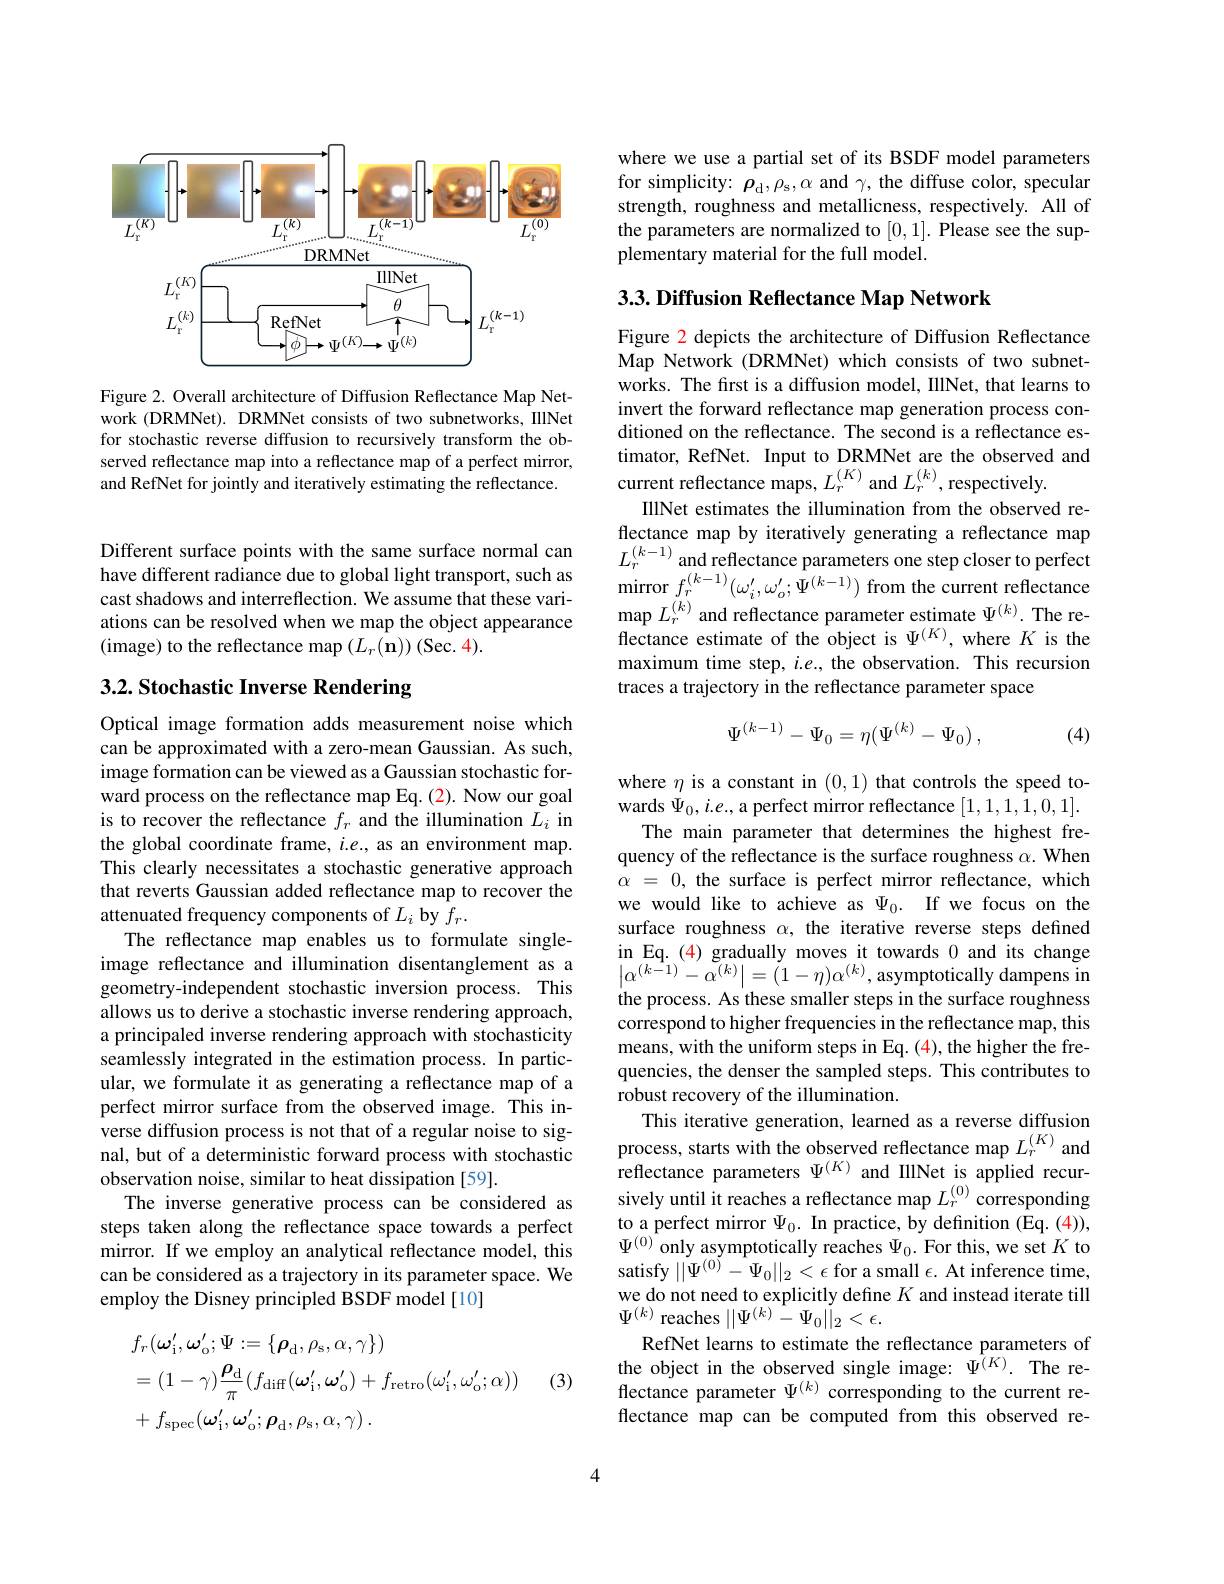
<FigureHere>

Figure 2. Overall architecture of Diffusion Reflectance Map Network (DRMNet). DRMNet consists of two subnetworks, IllNet for stochastic reverse diffusion to recursively transform the observed reflectance map into a reflectance map of a perfect mirror, and RefNet for jointly and iteratively estimating the reflectance.

Different surface points with the same surface normal can have different radiance due to global light transport, such as cast shadows and interreflection. We assume that these variations can be resolved when we map the object appearance (image) to the reflectance map $\left(L_{r}(\mathbf{n})\right)$(Sec. 4).

# 3.2. Stochastic Inverse Rendering

Optical image formation adds measurement noise which can be approximated with a zero-mean Gaussian. As such, image formation can be viewed as a Gaussian stochastic forward process on the reflectance map Eq. (2). Now our goal is to recover the reflectance $f_r$ and the illumination $L_i$ in the global coordinate frame, $i.e.$, as an environment map. This clearly necessitates a stochastic generative approach that reverts Gaussian added reflectance map to recover the attenuated frequency components of $L_i$ by $f_r.$
The reflectance map enables us to formulate singleimage reflectance and illumination disentanglement as a geometry-independent stochastic inversion process. This allows us to derive a stochastic inverse rendering approach, a principaled inverse rendering approach with stochasticity seamlessly integrated in the estimation process. In particular, we formulate it as generating a reflectance map of a perfect mirror surface from the observed image. This inverse diffusion process is not that of a regular noise to signal, but of a deterministic forward process with stochastic observation noise, similar to heat dissipation [59].
The inverse generative process can be considered as steps taken along the reflectance space towards a perfect mirror. If we employ an analytical reflectance model, this can be considered as a trajectory in its parameter space. We employ the Disney principled BSDF model [10]

(3)
$$\begin{aligned}&f_{r}(\boldsymbol{\omega}_{\mathrm{i}}^{\prime},\boldsymbol{\omega}_{\mathrm{o}}^{\prime};\Psi:=\{\boldsymbol{\rho}_{\mathrm{d}},\rho_{\mathrm{s}},\alpha,\gamma\})\\&=(1-\gamma)\frac{\boldsymbol{\rho}_{\mathrm{d}}}{\pi}(f_{\mathrm{diff}}(\boldsymbol{\omega}_{\mathrm{i}}^{\prime},\boldsymbol{\omega}_{\mathrm{o}}^{\prime})+f_{\mathrm{retro}}(\omega_{\mathrm{i}}^{\prime},\omega_{\mathrm{o}}^{\prime};\alpha))\\&+f_{\mathrm{spec}}(\boldsymbol{\omega}_{\mathrm{i}}^{\prime},\boldsymbol{\omega}_{\mathrm{o}}^{\prime};\boldsymbol{\rho}_{\mathrm{d}},\rho_{\mathrm{s}},\alpha,\gamma)\:.\end{aligned}$$
where we use a partial set of its BSDF model parameters for simplicity: $\rho_{\mathrm{d}},\rho_{\mathrm{s}},\alpha$ and $\gamma$, the diffuse color, specular strength, roughness and metallicness, respectively. All of the parameters are normalized to [0,1]. Please see the supplementary material for the full model.

3.3. Diffusion Reflectance Map Network

Figure 2 depicts the architecture of Diffusion Reflectance Map Network (DRMNet) which consists of two subnetworks. The first is a diffusion model, IllNet, that learns to invert the forward reflectance map generation process conditioned on the reflectance. The second is a reflectance estimator, RefNet. Input to DRMNet are the observed and current reflectance maps, $L_r^{(K)}$ and $L_r^{(k)}$, respectively.
IllNet estimates the illumination from the observed reflectance map by iteratively generating a reflectance map $L_{r}^{(k-1)}$and reflectance parameters one step closer to perfect $\operatorname*{mirror}_{(k)}f_{r}^{(k-1)}(\omega_{i}^{\prime},\omega_{o}^{\prime};\Psi^{(k-1)})$ from the current reflectance $\operatorname*{map}L_{r}^{(k)}$ and reflectance parameter estimate $\Psi^{(k)}.$ The reflectance estimate of the object is $\Psi^{(K)}$, where $K$ is the maximum time step, $i.e.$, the observation. This recursion traces a trajectory in the reflectance parameter space
$$\Psi^{(k-1)}-\Psi_0=\eta(\Psi^{(k)}-\Psi_0)\:,$$
(4)

where $\eta$ is a constant in (0,1) that controls the speed towards $\Psi_0,i.e.$, a perfect mirror reflectance [1,1,1,1,0,1].
The main parameter that determines the highest frequency of the reflectance is the surface roughness $\alpha.$ When $\alpha$ = 0, the surface is perfect mirror reflectance, which we would like to achieve as $\Psi _0.$ If we focus on the surface roughness $\alpha$, the iterative reverse steps defined in Eq. (4) gradually moves it towards 0 and its change $\left|\alpha^{(\hat{k-1})}-\alpha^{(k)}\right|=(\tilde{1}-\eta)\alpha^{(k)}$,asymptotically dampens in the process. As these smaller steps in the surface roughness correspond to higher frequencies in the reflectance map, this means, with the uniform steps in Eq. (4), the higher the frequencies, the denser the sampled steps. This contributes to robust recovery of the illumination.
This iterative generation, learned as a reverse diffusion process, starts with the observed reflectance map $L_r^{(K)}$ and reflectance parameters $\Psi^{(K)}$ and IllNet is applied recursively until it reaches a reflectance map $L_r^{(0)}$ corresponding to a perfect mirror $\Psi_0.$ In practice, by definition (Eq. (4)), $\Psi^{(0)}$only asymptotically reaches $\Psi_0.$ For this, we set $K$ to satisfy $||\Psi^{(0)}-\Psi_{0}||_{2}<\epsilon$ for a small $\epsilon.$ At inference time, we do not need to explicitly define $K$ and instead iterate till $\Psi^{(k)}$ reaches $||\Psi^{(k)}\tilde{-\Psi}_{0}||_{2}<\epsilon.$
RefNet learns to estimate the reflectance parameters of the object in the observed single image: $\tilde{\Psi^{(K)}}.$ The reflectance parameter $\Psi^{(k)}$ corresponding to the current reflectance map can be computed from this observed re-

4